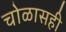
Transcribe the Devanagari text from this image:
चोळासही